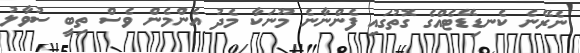
ނެރޭނެ ކެނޑިޑޭޓެއްގެ ގޮތުގައި ފެންނާނެ މޫނަކާ މެދު އެންމެން ވެސް ތިބީ ސުވާލު